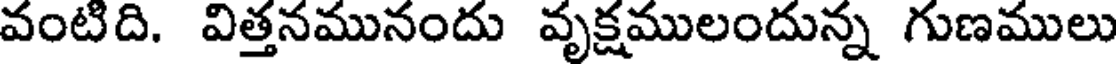
వంటిది. విత్తనమునందు వృక్షములందున్న గుణములు